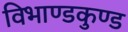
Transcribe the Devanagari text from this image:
विभाण्डकुण्ड